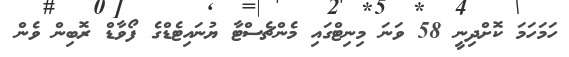
ހަމަހަމަ ކޮށްދިނީ 58 ވަނަ މިނިޓްގައި މެންޗެސްޓާ ޔުނައިޓެޑްގެ ފޯވާޑް ރޮބިން ވެން